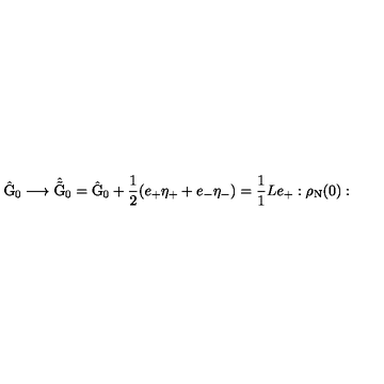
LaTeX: \hat { \mathrm { G } } _ { 0 } \longrightarrow \hat { \tilde { \mathrm { G } } } _ { 0 } = \hat { \mathrm { G } } _ { 0 } + \frac { 1 } { 2 } ( e _ { + } { \eta } _ { + } + e _ { - } { \eta } _ { - } ) = \frac { 1 } { 1 } { L } e _ { + } : \rho _ { \mathrm { N } } ( 0 ) :